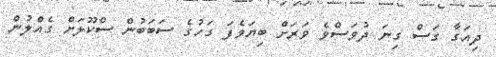
ދިއަގާ ގަސް ގިނަ ދުވަސްވެ ވަރަށް ބިޔަވެފަ ގަހުގެ ސަބަބުން ސްކޫލަށް ގެއްލުން